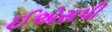
ઈએસપી